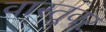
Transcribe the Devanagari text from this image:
वास्तूवर